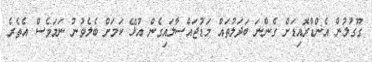
ގޫގުލުން އެންޑްރޮއިޑަށް ގެންނަ ބަދަލުތައް މަޑުޖައްސާލައިގެން އުޅޭ ކަމަށް ބެލެވުނު ނަމަވެސް އެތެރެ